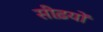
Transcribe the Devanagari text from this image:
सीढ़यों